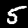
Label: 5